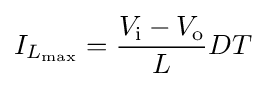
I_{L_{\text{max}}}={\frac {V_{\text{i}}-V_{\text{o}}}{L}}DT